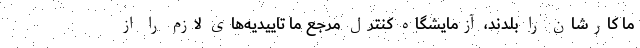
ما کارشان را بلدند، آزمایشگاه کنترل مرجع ما تاییدیه‌های لازم را از